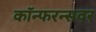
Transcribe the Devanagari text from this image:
कॉन्फरन्सवर